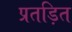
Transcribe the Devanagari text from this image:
प्रतड़ित